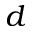
d